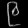
Digit: ၉